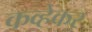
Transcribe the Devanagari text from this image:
कव्हेकर